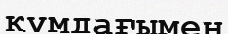
құмдағымен